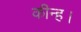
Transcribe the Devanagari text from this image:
कीन्‍ह।